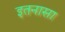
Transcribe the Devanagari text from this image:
इतनासा